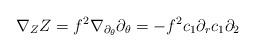
LaTeX: \begin{align*}\nabla_{Z}Z=f^{2}\nabla_{\partial_{\theta}}\partial_{\theta}=-f^{2}c_{1}\partial_r c_{1}\partial_{2}\end{align*}